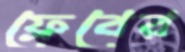
ফ্রেবের